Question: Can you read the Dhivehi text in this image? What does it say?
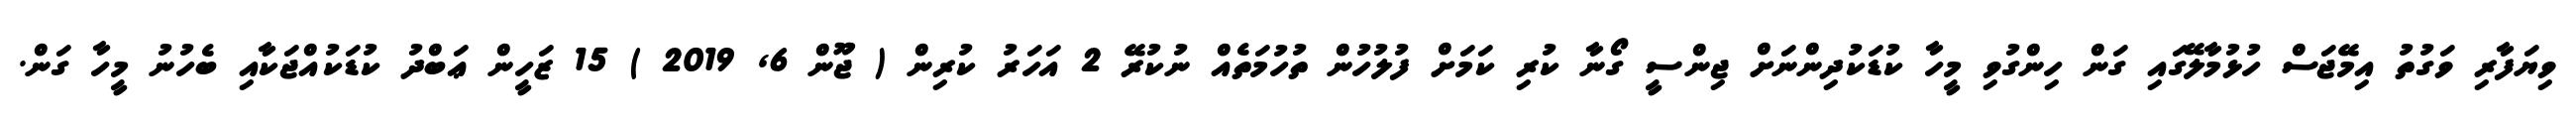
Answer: ވިޔަފާރި ވަގުތު އިމޭޖަސް ހުޅުމާލޭގައި ގަން ހިންގުވި މީހާ ކުޑަކުދިންނަށް ޖިންސީ ގޯނާ ކުރި ކަމަށް ފުލުހުން ތުހުމަތެއް ނުކުރޭ 2 އަހަރު ކުރިން ( ޖޫން 6, 2019 ) 15 ޒަހީން ޢަބްދު ކުޑަކުއްޖަކާއި ބެހުނު މީހާ ގަން.